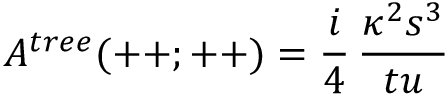
{ \cal A } ^ { t r e e } ( + + ; + + ) = { \frac { i } { 4 } } \, { \frac { \kappa ^ { 2 } s ^ { 3 } } { t u } }